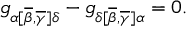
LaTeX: g _ { \alpha [ \overline { { { \beta } } } , \overline { { { \gamma } } } ] \delta } - g _ { \delta [ \overline { { { \beta } } } , \overline { { { \gamma } } } ] \alpha } = 0 .